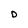
Character: D